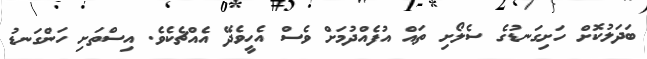
ބަދަލުކޮށް ހަށިގަނޑުގެ ސެލޯށި ތައް އުފެއްދުމަށް ވެސް އެހީވެދޭ އެއްޗެކެވެ. އިސްތަށި ހަންގަނޑު